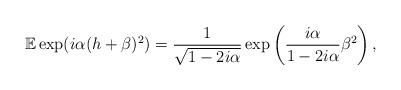
LaTeX: \begin{align*}\mathbb{E} \exp(i\alpha (h+\beta)^2) = \frac{1}{\sqrt{1-2i\alpha}}\exp\left(\frac{i\alpha}{1-2i\alpha}\beta^2\right),\end{align*}